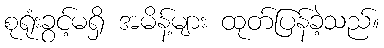
စုရုံးခွင့်မရှိ အမိန့်များ ထုတ်ပြန်ခဲ့သည်။